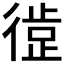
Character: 𪫘